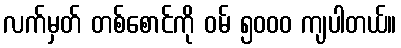
လက်မှတ် တစ်စောင်ကို ဝမ် ၅၀၀၀ ကျပါတယ်။